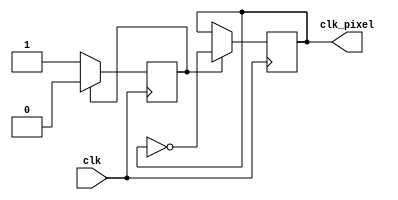
`timescale 1ns / 1ps
//////////////////////////////////////////////////////////////////////////////////
// Company: 
// Engineer: 
// 
// Design Name: 
// Module Name:    clk_pixel 
// Project Name: 
// Target Devices: 
// Tool versions: 
// Description: 
//
// Dependencies: 
//
// Revision: 
// Revision 0.01 - File Created
// Additional Comments: 
//
//////////////////////////////////////////////////////////////////////////////////
module clk_pixel(
    input wire clk,
    output reg clk_pixel
    );
    reg cnt;

    initial begin
        cnt <= 0;
        clk_pixel <= 0;
    end

    always @(posedge clk)
    begin
        if (cnt == 1)
            begin
                cnt <= 0;
                clk_pixel <= ~clk_pixel;
            end
        else
            cnt <= 1;
    end

endmodule